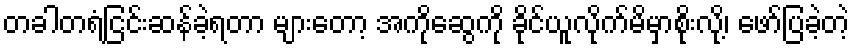
တခါတရံငြင်းဆန်ခဲ့ရတာ များတော့ အကိုဆွေကို ခိုင်ယူလိုက်မိမှာစိုးလို့၊ ဖော်ပြခဲ့တဲ့